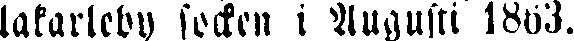
lakarleby socken i Augusti 1863.